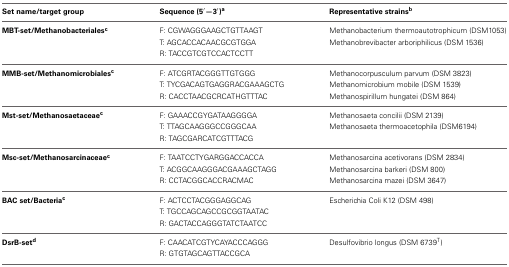
<table><thead><tr><td><b>Set name/target group</b></td><td><b>Sequence (5′—3′)<sup>a</sup></b></td><td><b>Representative strains<sup>b</sup></b></td></tr></thead><tbody><tr><td><b>MBT-set/Methanobacteriales<sup>c</sup></b></td><td>F: CGWAGGGAAGCTGTTAAGT</td><td>Methanobacterium thermoautotrophicum (DSM1053)</td></tr><tr><td></td><td>T: AGCACCACAACGCGTGGA</td><td>Methanobrevibacter arboriphilicus (DSM 1536)</td></tr><tr><td></td><td>R: TACCGTCGTCCACTCCTT</td><td></td></tr><tr><td><b>MMB-set/Methanomicrobiales<sup>c</sup></b></td><td>F: ATCGRTACGGGTTGTGGG</td><td>Methanocorpusculum parvum (DSM 3823)</td></tr><tr><td></td><td>T: TYCGACAGTGAGGRACGAAAGCTG</td><td>Methanomicrobium mobile (DSM 1539)</td></tr><tr><td></td><td>R: CACCTAACGCRCATHGTTTAC</td><td>Methanospirillum hungatei (DSM 864)</td></tr><tr><td><b>Mst-set/Methanosaetaceae<sup>c</sup></b></td><td>F: GAAACCGYGATAAGGGGA</td><td>Methanosaeta concilii (DSM 2139)</td></tr><tr><td></td><td>T: TTAGCAAGGGCCGGGCAA</td><td>Methanosaeta thermoacetophila (DSM6194)</td></tr><tr><td></td><td>R: TAGCGARCATCGTTTACG</td><td></td></tr><tr><td><b>Msc-set/Methanosarcinaceae<sup>c</sup></b></td><td>F: TAATCCTYGARGGACCACCA</td><td>Methanosarcina acetivorans (DSM 2834)</td></tr><tr><td></td><td>T: ACGGCAAGGGACGAAAGCTAGG</td><td>Methanosarcina barkeri (DSM 800)</td></tr><tr><td></td><td>R: CCTACGGCACCRACMAC</td><td>Methanosarcina mazei (DSM 3647)</td></tr><tr><td><b>BAC set/Bacteria<sup>c</sup></b></td><td>F: ACTCCTACGGGAGGCAG</td><td>Escherichia Coli K12 (DSM 498)</td></tr><tr><td></td><td>T: TGCCAGCAGCCGCGGTAATAC</td><td></td></tr><tr><td></td><td>R: GACTACCAGGGTATCTAATCC</td><td></td></tr><tr><td><b>DsrB-set<sup>d</sup></b></td><td>F: CAACATCGTYCAYACCCAGGG</td><td>Desulfovibrio longus (DSM 6739<sup>T</sup>)</td></tr><tr><td></td><td>R: GTGTAGCAGTTACCGCA</td><td></td></tr></tbody></table>